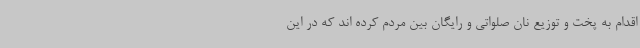
اقدام به پخت و توزیع نان صلواتی و رایگان بین مردم کرده اند که در این